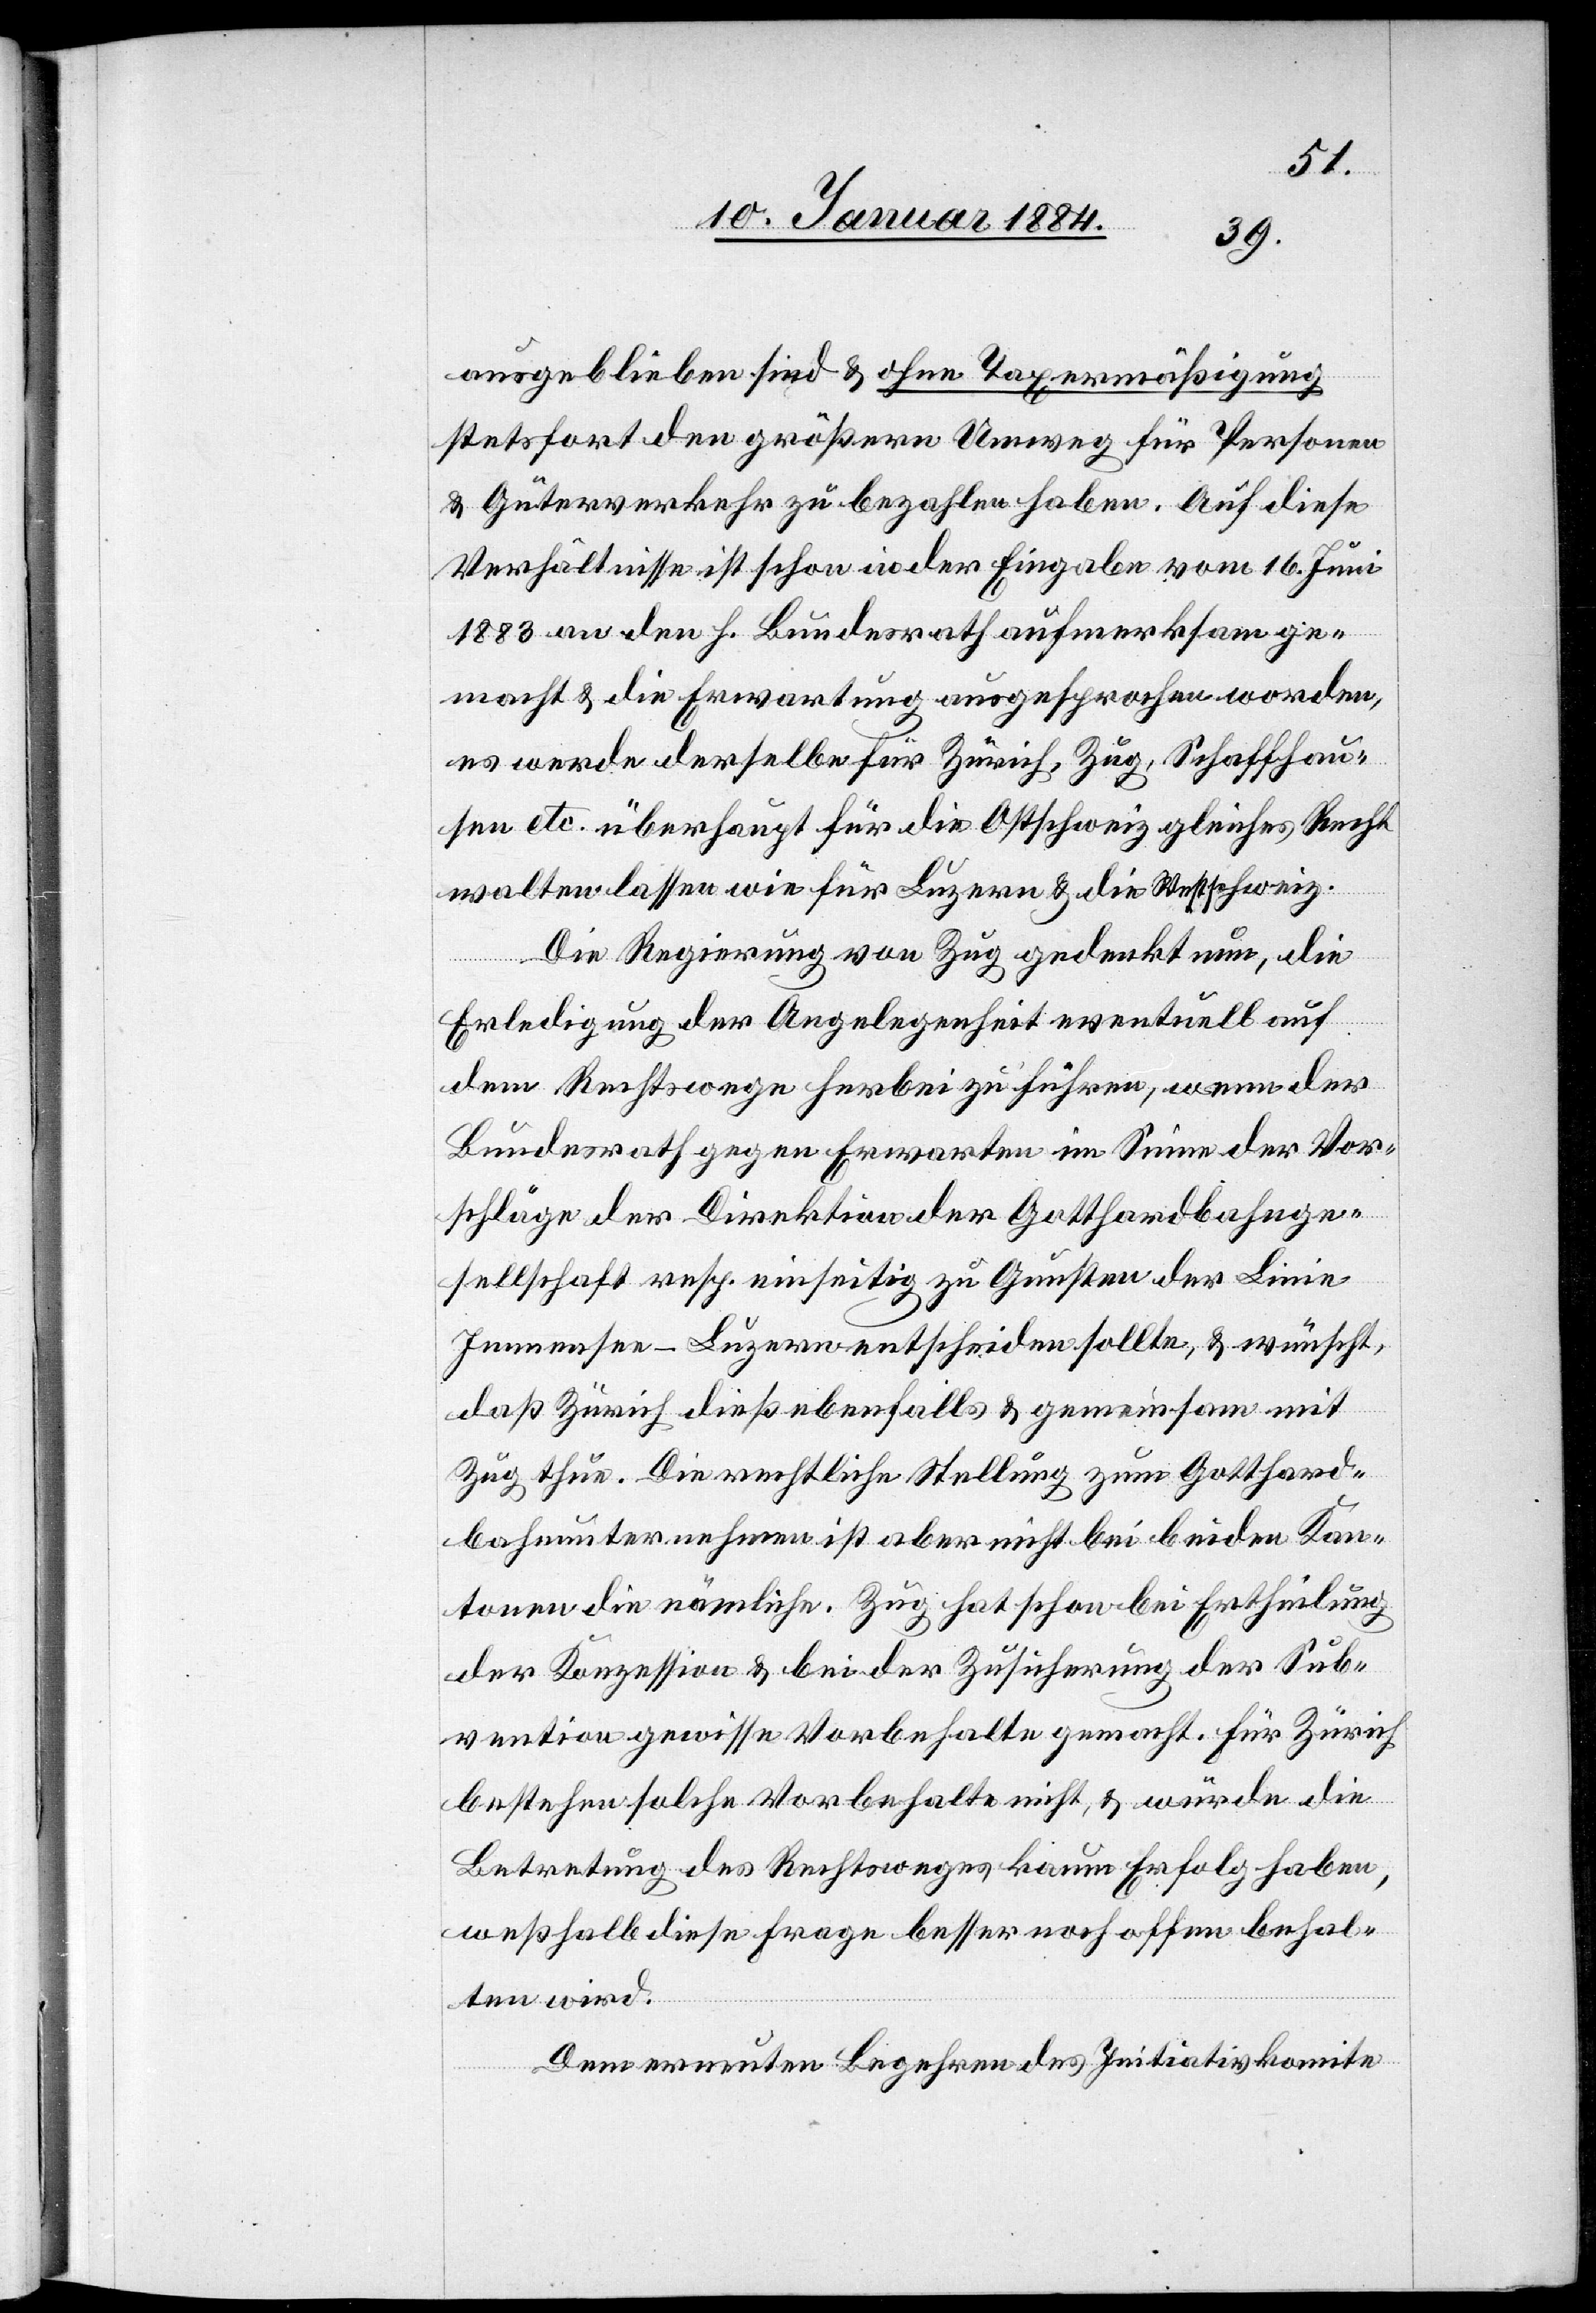
ausgeblieben sind & ohne Taxenermäßigung
stetsfort den größeren Umweg für Personen
& Güterverkehr zu bezahlen haben. Auf diese
Verhältnisse ist schon in der Eingabe vom 16. Juni
1883 an den h. Bundesrath aufmerksam ge¬
macht & die Erwartung ausgesprochen worden,
es werde derselbe für Zürich, Zug, Schaffhau¬
sen etc. überhaupt für die Ostschweiz gleiches Recht
walten lassen wie für Luzern & gedenkt nun,
Erledigung der Angelegenheit eventuell auf
dem Rechtswege herbei zu führen, wenn der
Bundesrath gegen Erwarten im Sinne der Vor¬
schläge der Direktion der Gotthardbahnge¬
sellschaft resp. einseitig zu Gunsten der Linie
Immensee–Luzern entscheiden sollte, & wünscht,
daß Zürich dies ebenfalls & gemeinsam mit
Zug thue. Die rechtliche Stellung zum Gotthard¬
bahnunternehmen ist aber nicht bei beiden Kan¬
tonen die nämliche. Zug hat schon bei Ertheilung
der Konzession & bei der Zusicherung der Sub¬
vention gewisse Vorbehalte gemacht. Für Zürich
bestehen solche Vorbehalte nicht, & würde die
Betretung des Rechtsweges kaum Erfolg haben,
weßhalb diese Frage besser noch offen behal¬
ten wird.
Dem erneuten Begehren des Initiativkomite